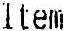
ITEM